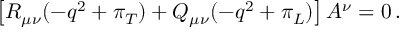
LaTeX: \left[ R _ { \mu \nu } ( - q ^ { 2 } + \pi _ { T } ) + Q _ { \mu \nu } ( - q ^ { 2 } + \pi _ { L } ) \right] A ^ { \nu } = 0 \, .